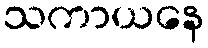
သကာယနေ